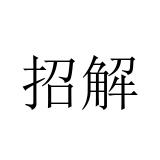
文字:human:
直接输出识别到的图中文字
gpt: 招解